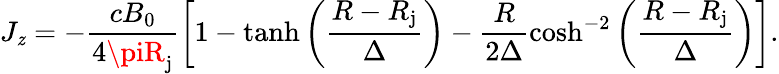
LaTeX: J_{\mathit{z}}=-\frac{{cB_{0}}}{{4\piR_{\mathrm{{j}}}}}\left[1-\operatorname{tanh}\left(\frac{{R-R_{\mathrm{{j}}}}}{{\Delta}}\right)-\frac{{R}}{{2\Delta}}\cosh^{-2}\left(\frac{{R-R_{\mathrm{{j}}}}}{{\Delta}}\right)\right].